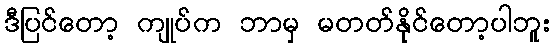
ဒီပြင်တော့ ကျုပ်က ဘာမှ မတတ်နိုင်တော့ပါဘူး